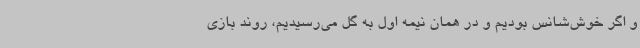
و اگر خوش‌شانس بودیم و در همان نیمه اول به گل می‌رسیدیم، روند بازی